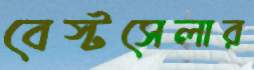
বেস্টসেলার